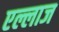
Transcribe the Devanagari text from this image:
एल्लाज